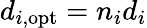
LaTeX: d_{i,\mathrm{opt}}=n_{i}d_{i}